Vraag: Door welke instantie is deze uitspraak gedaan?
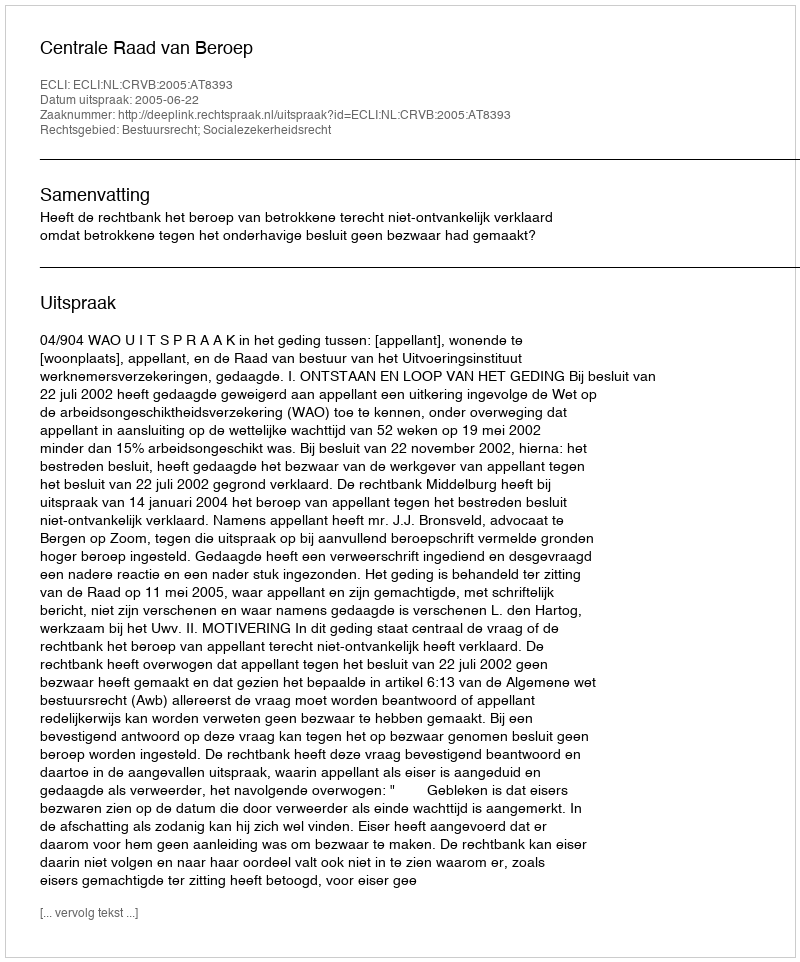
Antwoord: Centrale Raad van Beroep